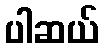
ပါဆယ်